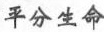
平分生命